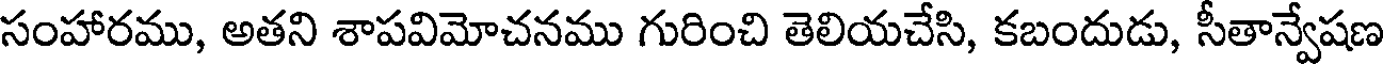
సంహారము, అతని శాపవిమోచనము గురించి తెలియచేసి, కబందుడు, సీతాన్వేషణ